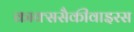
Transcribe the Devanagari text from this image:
काक्ससैकीवाइरस